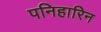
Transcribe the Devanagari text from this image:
पनिहारिन